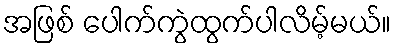
အဖြစ် ပေါက်ကွဲထွက်ပါလိမ့်မယ်။